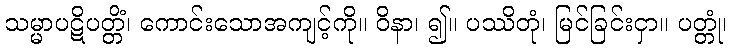
သမ္မာပဋိပတ္တိံ၊ ကောင်းသောအကျင့်ကို။ ဝိနာ၊ ၍။ ပဿိတုံ၊ မြင်ခြင်းငှာ။ ပတ္တုံ၊